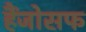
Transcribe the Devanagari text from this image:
हैंजोसफ